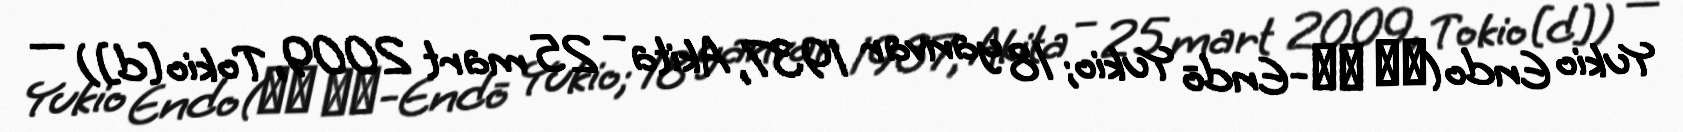
Yukio Endo(遠藤 幸雄-Endō Yukio; 18 yanvar 1937, Akita – 25 mart 2009, Tokio[d]) —